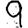
Digit: 9